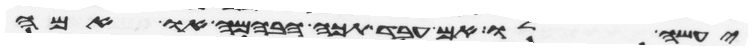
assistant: יעשה לו אם עבד תכה הבהמה או אמה